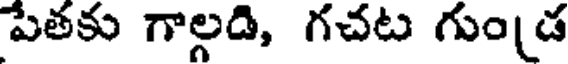
పేతకు గాల్గడి, గచట గుండ